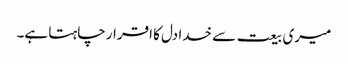
میری بیعت سے خدا دل کا اقرار چاہتا ہے۔